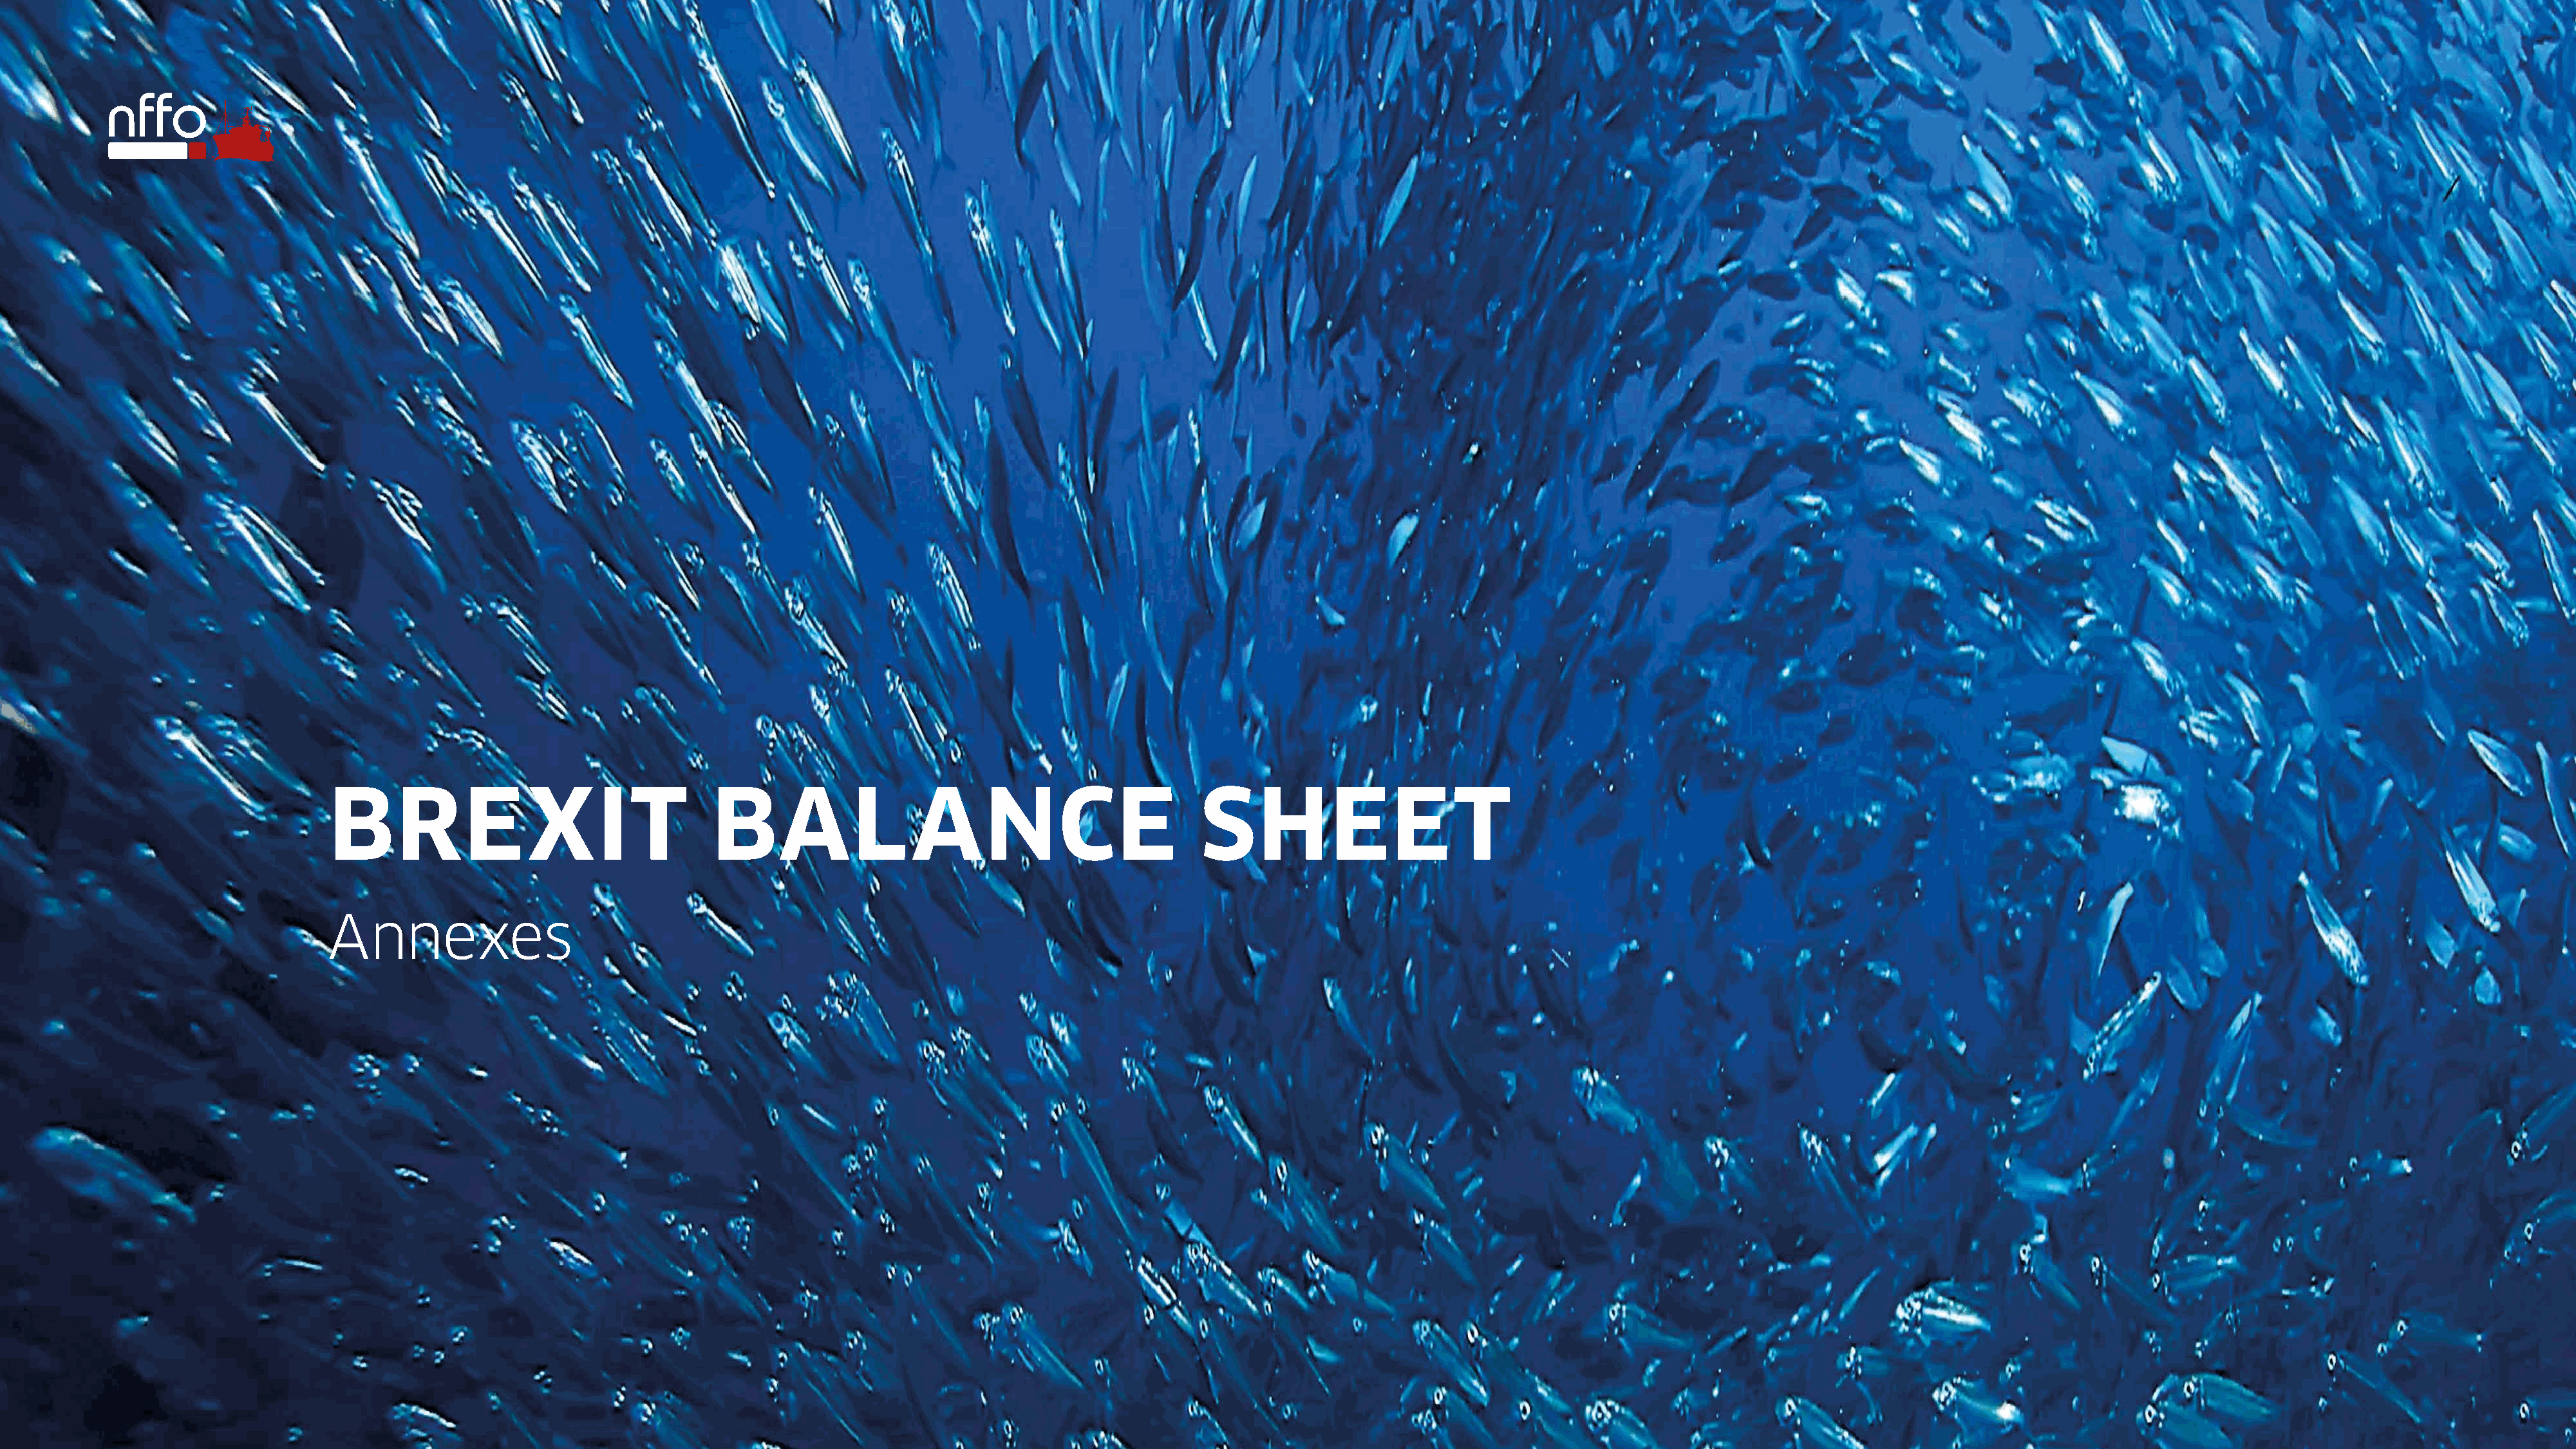
BREXIT                                 BAL                  ANCE                         SHEET
 Annexes